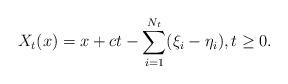
LaTeX: \begin{align*} X_t(x) =x+ct-\sum_{i=1}^{N_t}(\xi_i-\eta_i), t\ge0.\end{align*}